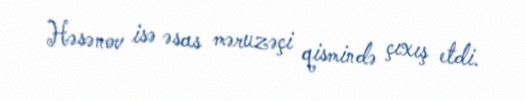
Həsənov isə əsas məruzəçi qismində çıxış etdi.